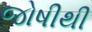
જોષીથી